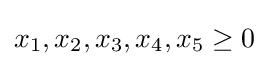
x_{1},x_{2},x_{3},x_{4},x_{5}\geq 0